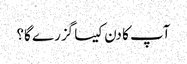
آپ کا دن کیسا گزرے گا؟